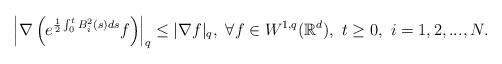
LaTeX: \begin{align*}\left|\nabla\left(e^{\frac{1}{2}\int_0^tB_i^2(s)ds}f\right)\right|_q\leq |\nabla f|_q,\ \forall f\in W^{1,q}(\mathbb{R}^d),\ t\geq0,\ i=1,2,...,N.\end{align*}